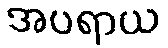
အပရာယ